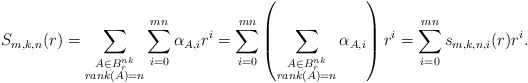
\begin{align*} S_{m, k, n}(r) = \sum_{\substack{ A \in B_r^{nk} \\ rank(A) = n }} \sum_{i = 0}^{mn} \alpha_{A, i}r^i = \sum_{i = 0}^{mn} \left( \sum_{\substack{ A \in B_r^{nk} \\ rank(A) = n }} \alpha_{A, i} \right) r^i = \sum_{i = 0}^{mn} s_{m,k,n,i}(r) r^i.\end{align*}